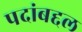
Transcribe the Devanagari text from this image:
पदांबद्दल